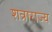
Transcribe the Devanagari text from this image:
शत्राराज्य